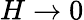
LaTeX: H\to 0